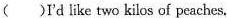
( )I'd like two kilos of peaches.